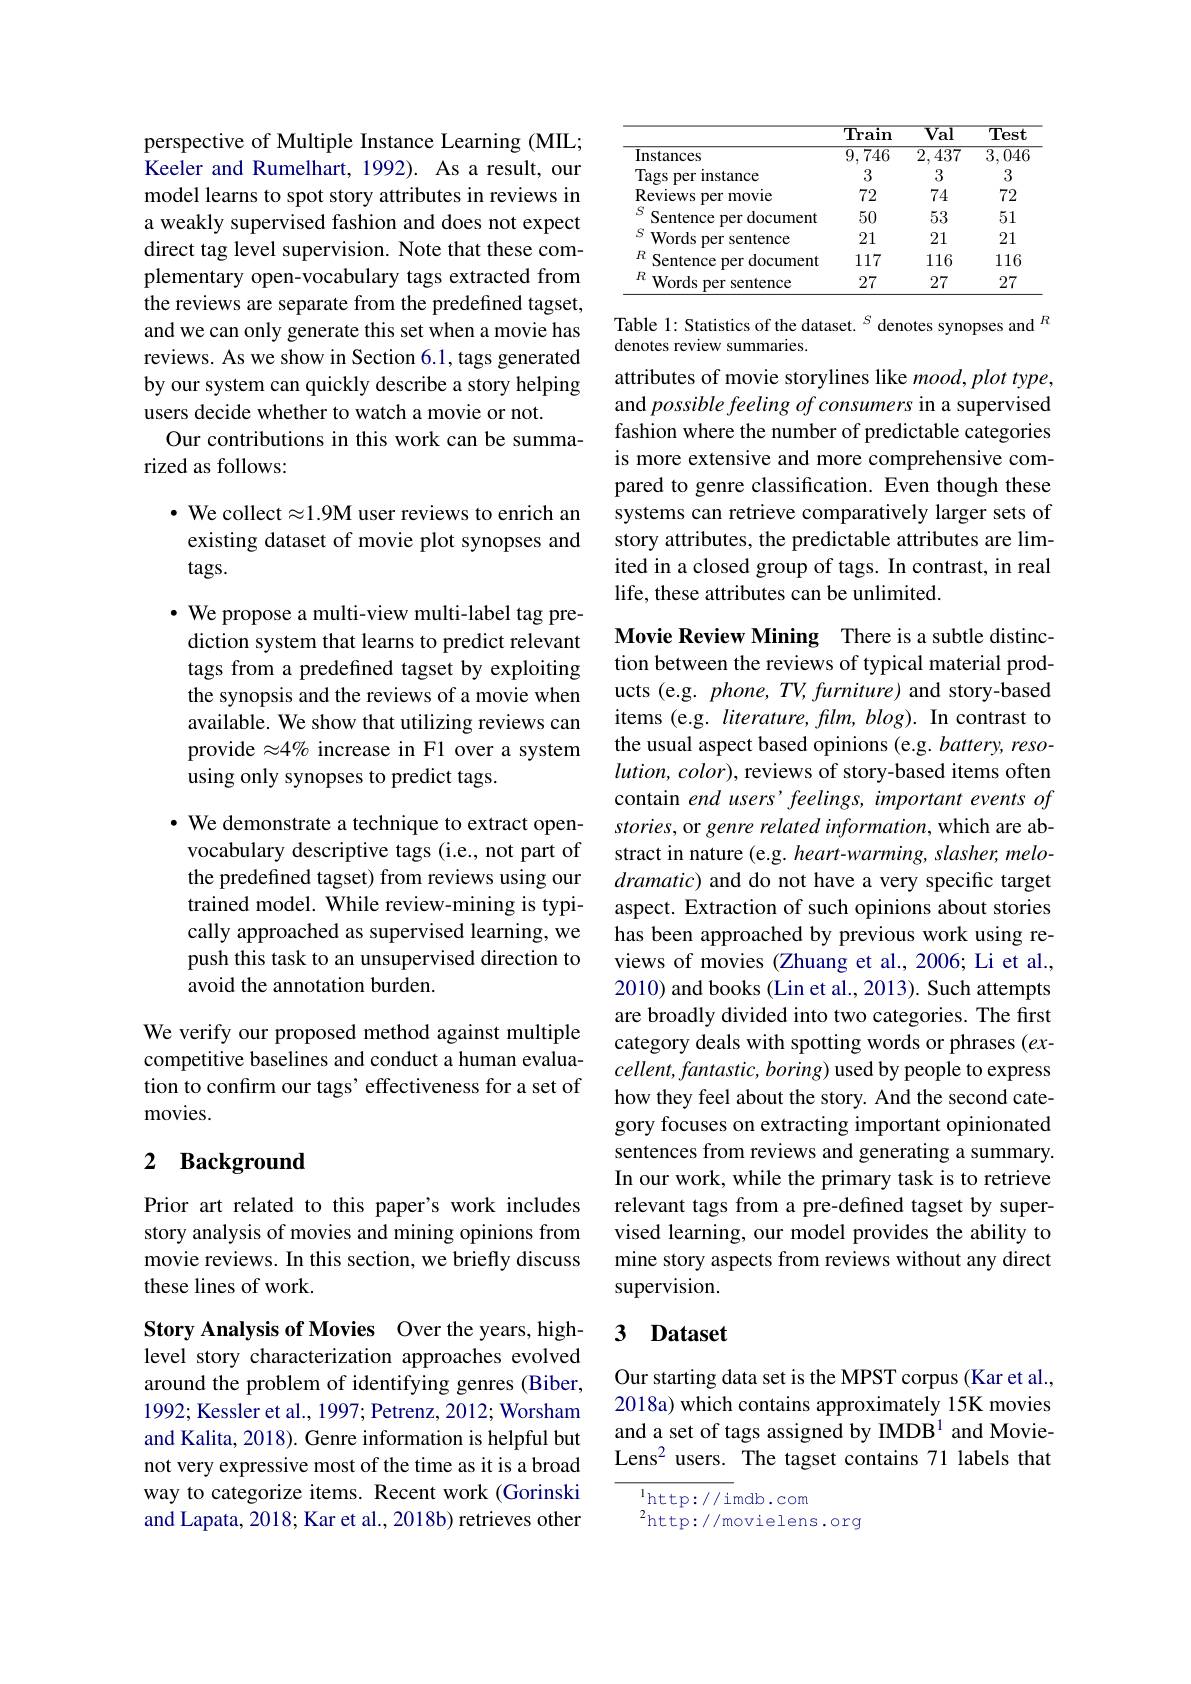
perspective of Multiple Instance Learning (MIL; Keeler and Rumelhart, 1992). As a result, our model learns to spot story attributes in reviews in a weakly supervised fashion and does not expect direct tag level supervision. Note that these complementary open-vocabulary tags extracted from the reviews are separate from the predefined tagset, and we can only generate this set when a movie has reviews. As we show in Section 6.1, tags generated by our system can quickly describe a story helping users decide whether to watch a movie or not.
Our contributions in this work can be summa-
rized as follows:

$\bullet$ We collect$\approx1.9$M user reviews to enrich an existing dataset of movie plot synopses and tags.

· We propose a multi-view multi-label tag prediction system that learns to predict relevant tags from a predefined tagset by exploiting the synopsis and the reviews of a movie when available. We show that utilizing reviews can provide $\approx4\%$ increase in F1 over a system using only synopses to predict tags.

· We demonstrate a technique to extract openvocabulary descriptive tags (i.e., not part of the predefined tagset) from reviews using our trained model. While review-mining is typically approached as supervised learning, we push this task to an unsupervised direction to avoid the annotation burden.

We verify our proposed method against multiple competitive baselines and conduct a human evaluation to confırm our tags' effectiveness for a set of movies.

## 2 Background

Prior art related to this paper's work includes story analysis of movies and mining opinions from movie reviews. In this section, we briefly discuss these lines of work.

Story Analysis of Movies Over the years, highlevel story characterization approaches evolved around the problem of identifying genres (Biber, 1992; Kessler et al., 1997; Petrenz, 2012; Worsham and Kalita, 2018). Genre information is helpful but not very expressive most of the time as it is a broad way to categorize items. Recent work (Gorinski and Lapata, 2018; Kar et al., 2018b) retrieves other

<table>
	<tbody>
		<tr>
			<th> </th>
			<th>$\overline{{\mathbf{Train}}}$</th>
			<th>$\overline{Val}$</th>
			<th>$\overline{\mathbf{Test}}$</th>
		</tr>
		<tr>
			<td>$\overline{{\mathrm{Instances}}}$</td>
			<td>$\overline{9,746}$</td>
			<td>$\overline{2,437}$</td>
			<td>$\overline{3,046}$</td>
		</tr>
		<tr>
			<td>Tags 1 per instance</td>
			<td>3</td>
			<td>3</td>
			<td>3</td>
		</tr>
		<tr>
			<td>Reviews per movie</td>
			<td>72</td>
			<td>74</td>
			<td>72</td>
		</tr>
		<tr>
			<td>$S$ Sentence per document</td>
			<td>50</td>
			<td>53</td>
			<td>51</td>
		</tr>
		<tr>
			<td>$S$ Words per sentence</td>
			<td>21</td>
			<td>21</td>
			<td>21</td>
		</tr>
		<tr>
			<td>$R$ Sentence per document</td>
			<td>117</td>
			<td>116</td>
			<td>116</td>
		</tr>
		<tr>
			<td>$R$ Words per sentence</td>
			<td>27</td>
			<td>27</td>
			<td>27</td>
		</tr>
	</tbody>
</table>

Table 1: Statistics of the dataset. $^{S}$ denotes synopses and $^{R}$
denotes review summaries.

attributes of movie storylines like mood, plot type, and possible feeling of consumers in a supervised fashion where the number of predictable categories is more extensive and more comprehensive compared to genre classification. Even though these systems can retrieve comparatively larger sets of story attributes, the predictable attributes are limited in a closed group of tags. In contrast, in real life, these attributes can be unlimited.

Movie Review Mining There is a subtle distinction between the reviews of typical material products (e.g. phone, TV, furniture) and story-based items (e.g. literature, flm, blog). In contrast to the usual aspect based opinions (e.g. battery, resolution, color), reviews of story-based items often contain end users'feelings, important events of stories, or genre related information, which are abstract in nature (e.g. heart-warming, slasher, melodramatic) and do not have a very specific target aspect. Extraction of such opinions about stories has been approached by previous work using reviews of movies (Zhuang et al.,2006; Li et al., 2010) and books (Lin et al., 2013). Such attempts are broadly divided into two categories. The first category deals with spotting words or phrases (ex- $cellent,fantastic,boring)$ used by people to express how they feel about the story. And the second category focuses on extracting important opinionated sentences from reviews and generating a summary In our work, while the primary task is to retrieve relevant tags from a pre-defined tagset by supervised learning, our model provides the ability to mine story aspects from reviews without any direct supervision.

### 3 Dataset

Our starting data set is the MPST corpus (Kar et al., 2018a) which contains approximately 15K movies and a set of tags assigned by IMDB$^1$ and MovieLens$^2$ users. The tagset contains 71 labels that

$^{l}$http: / / imdb. com
$^{2}$http://movielens.org